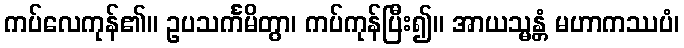
ကပ်လေကုန်၏။ ဥပသင်္ကမိတွာ၊ ကပ်ကုန်ပြီး၍။ အာယသ္မန္တံ မဟာကဿပံ၊